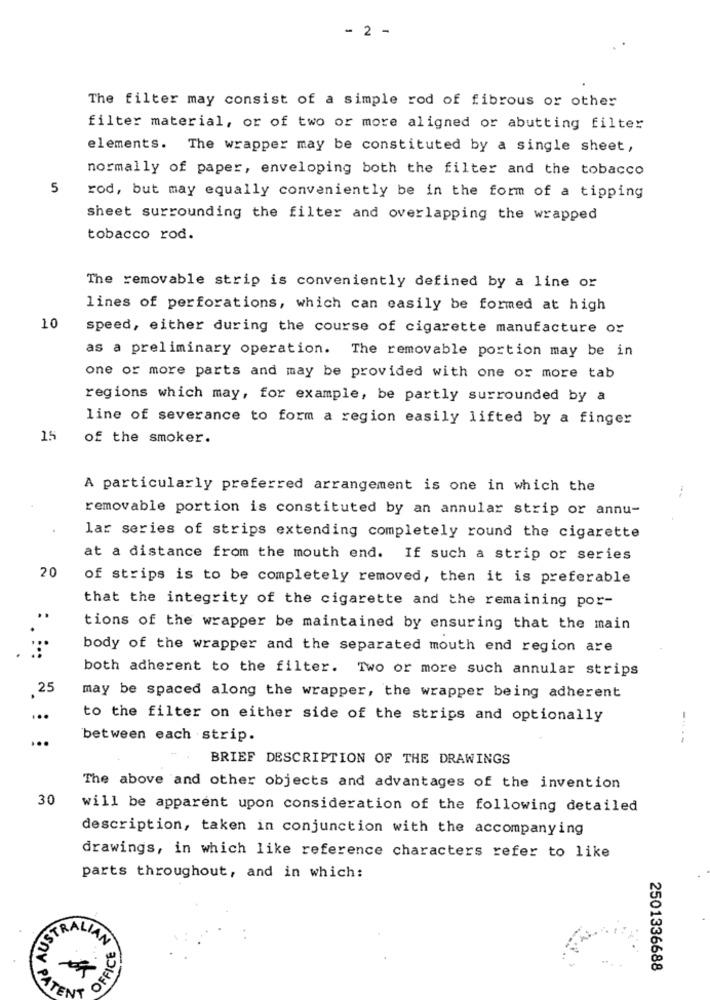
- 2 -
The filter may consist of a simple rod of fibrous or other
filter material, or of two or more aligned or abutting filter
elements. The wrapper may be constituted by a single sheet,
normally of paper, enveloping both the filter and the tobacco
5
rod, but may equally conveniently be in the form of a tipping
sheet surrounding the filter and overlapping the wrapped
tobacco rod.
The removable strip is conveniently defined by a line or
lines of perforations, which can easily be formed at high
10
speed, either during the course of cigarette manufacture or
as a preliminary operation. The removable portion may be in
one or more parts and may be provided with one or more tab
regions which may, for example, be partly surrounded by a
line of severance to form a region easily lifted by a finger
15
of the smoker.
A particularly preferred arrangement is one in which the
removable portion is constituted by an annular strip or annu-
lar series of strips extending completely round the cigarette
at a distance from the mouth end. If such a strip or series
20
of strips is to be completely removed, then it is preferable
that the integrity of the cigarette and the remaining por-
tions of the wrapper be maintained by ensuring that the main
body of the wrapper and the separated mouth end region are
both adherent to the filter. Two or more such annular strips
25
may be spaced along the wrapper, the wrapper being adherent
...
to the filter on either side of the strips and optionally
between each strip.
BRIEF DESCRIPTION OF THE DRAWINGS
The above and other objects and advantages of the invention
30
will be apparent upon consideration of the following detailed
description, taken in conjunction with the accompanying
drawings, in which like reference characters refer to like
parts throughout, and in which:
OFFICE
AUSTRALIA
OFFIC
2501336688
PATEN